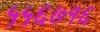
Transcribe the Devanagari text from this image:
५५६७१६